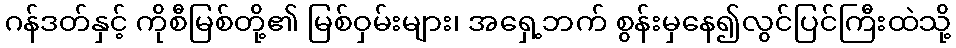
ဂန်ဒတ်နှင့် ကိုစီမြစ်တို့၏ မြစ်ဝှမ်းများ၊ အရှေ့ဘက် စွန်းမှနေ၍လွင်ပြင်ကြီးထဲသို့